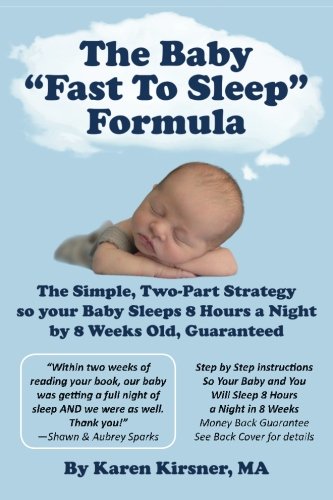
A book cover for The Baby "Fast To Sleep" Formula: The Simple, Two-Part Strategy so your Baby Sleeps 8 Hours a Night by 8 Weeks Old, Guaranteed; Karen Kirsner MA; Parenting & Relationships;